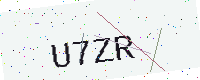
Text: U7ZR